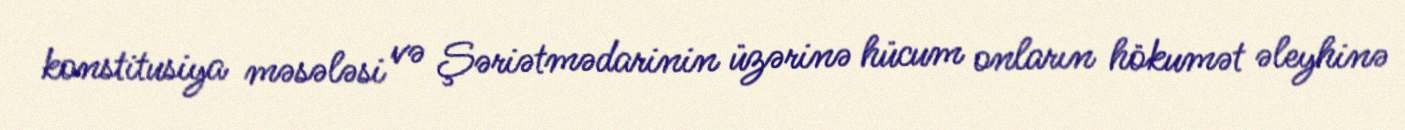
konstitusiya məsələsi və Şəriətmədarinin üzərinə hücum onların hökumət əleyhinə